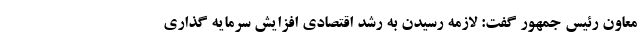
معاون رئیس جمهور گفت: لازمه رسیدن به رشد اقتصادی افزایش سرمایه گذاری